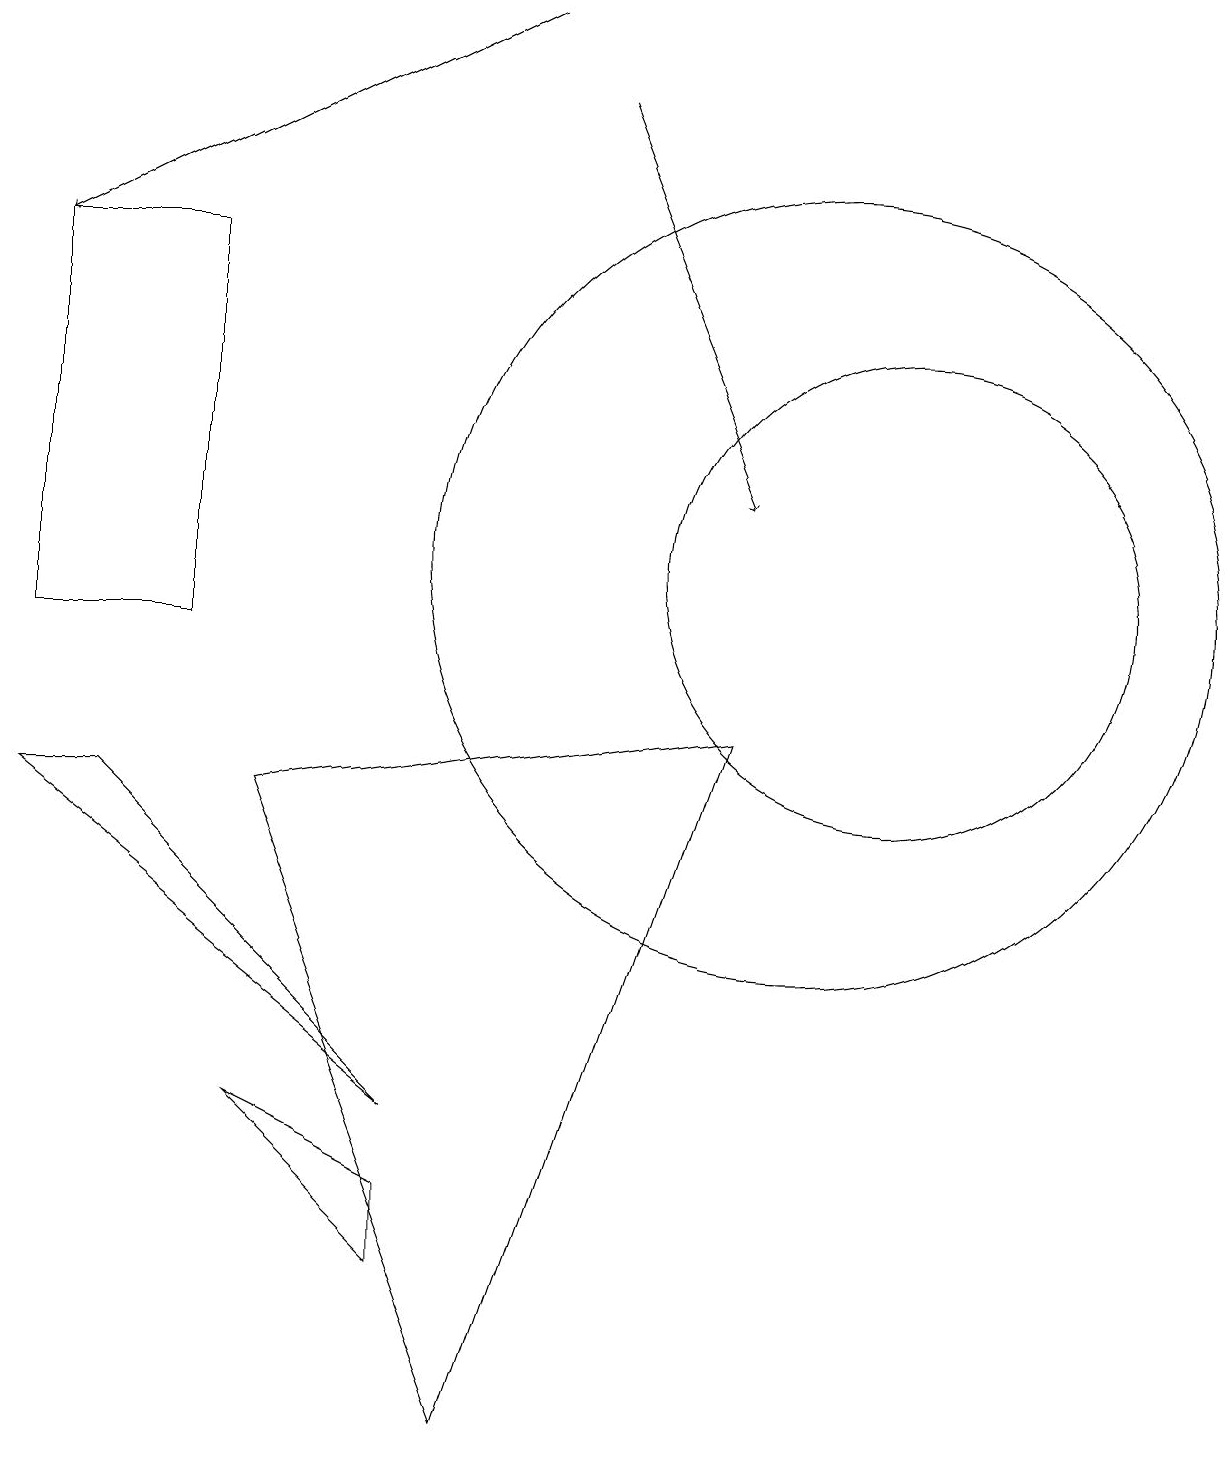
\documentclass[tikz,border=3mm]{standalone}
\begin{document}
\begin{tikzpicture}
\draw (1,8) -- (0,8) -- (5,4) -- cycle;
\draw (11,11) circle (3);
\draw (0,15) rectangle (2,10);
\draw[->] (6,18) -- (0,15);
\draw[->] (7,17) -- (9,12);
\draw (3,8) -- (6,0) -- (9,9) -- cycle;
\draw (5,2) -- (5,3) -- (3,4) -- cycle;
\draw (10,11) circle (5);
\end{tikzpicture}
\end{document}